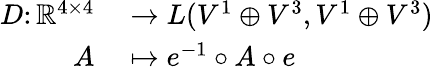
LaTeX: \begin{array}{rl}{D\colon\mathbb R^{4\times 4}}&{{}\to L(V^{1}\oplus V^{3},V^{1}\oplus V^{3})}\\ {A}&{{}\mapsto e^{-1}\circ A\circ e}\end{array}